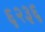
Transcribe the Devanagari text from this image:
६२३६